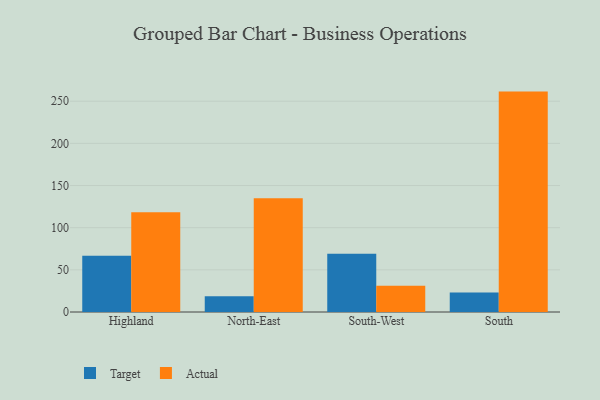
{"axis": {"x": "Region", "y": "Waste Production (Tons)"}, "legend": ["Actual", "Target"], "data": [{"x": "Highland", "y": 66.8, "type": "Target"}, {"x": "Highland", "y": 118.2, "type": "Actual"}, {"x": "North-East", "y": 18.6, "type": "Target"}, {"x": "North-East", "y": 134.9, "type": "Actual"}, {"x": "South-West", "y": 69.0, "type": "Target"}, {"x": "South-West", "y": 31.2, "type": "Actual"}, {"x": "South", "y": 23.1, "type": "Target"}, {"x": "South", "y": 261.4, "type": "Actual"}]}